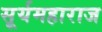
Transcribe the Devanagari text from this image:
सूर्यमहाराज